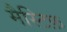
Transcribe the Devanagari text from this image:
मैस्टिफ़